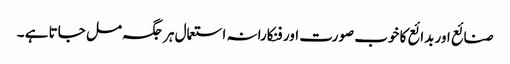
صنائع اور بدائع کا خوب صورت اور فنکارانہ استعمال ہر جگہ مل جاتا ہے ۔